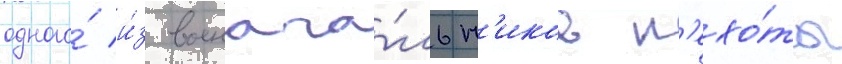
одного́ и́з военача́льн'иков п'ехо́ты